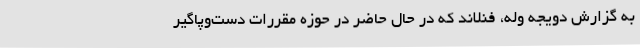
به گزارش دویجه وله، فنلاند که در حال حاضر در حوزه مقررات دست‌وپاگیر